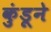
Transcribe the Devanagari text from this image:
कुंडूने